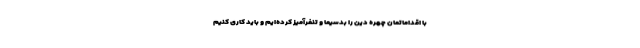
با اقداماتمان چهره دین را بدسیما و تنفرآمیز کرده‌ایم و باید کاری کنیم